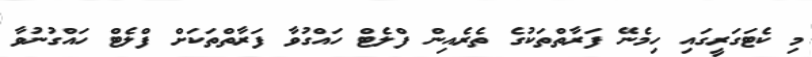
މި ކެޓަގަރީގައި ހިމެނޭ ފަރާތްތަކުގެ ތެރެއިން ފްލެޓް ހައްގުވާ ފަރާތްތަކަށް ފްލެޓް ހައްގުނުވާ